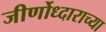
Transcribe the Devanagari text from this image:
जीर्णोध्दाराच्या